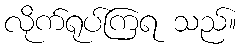
လိုက်ရုပ်ကြရ သည်။